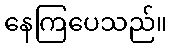
နေကြပေသည်။